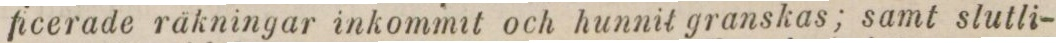
ficerade räkningar inkommit och hunnit granskas; samt slutli-